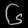
Digit: ၆